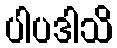
ပါပဒါသိ